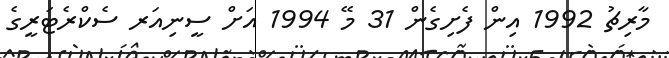
މާރިޗު 1992 އިން ފެށިގެން 31 މޭ 1994 އަށް ސީނިއަރ ސެކްރެޓަރީގެ